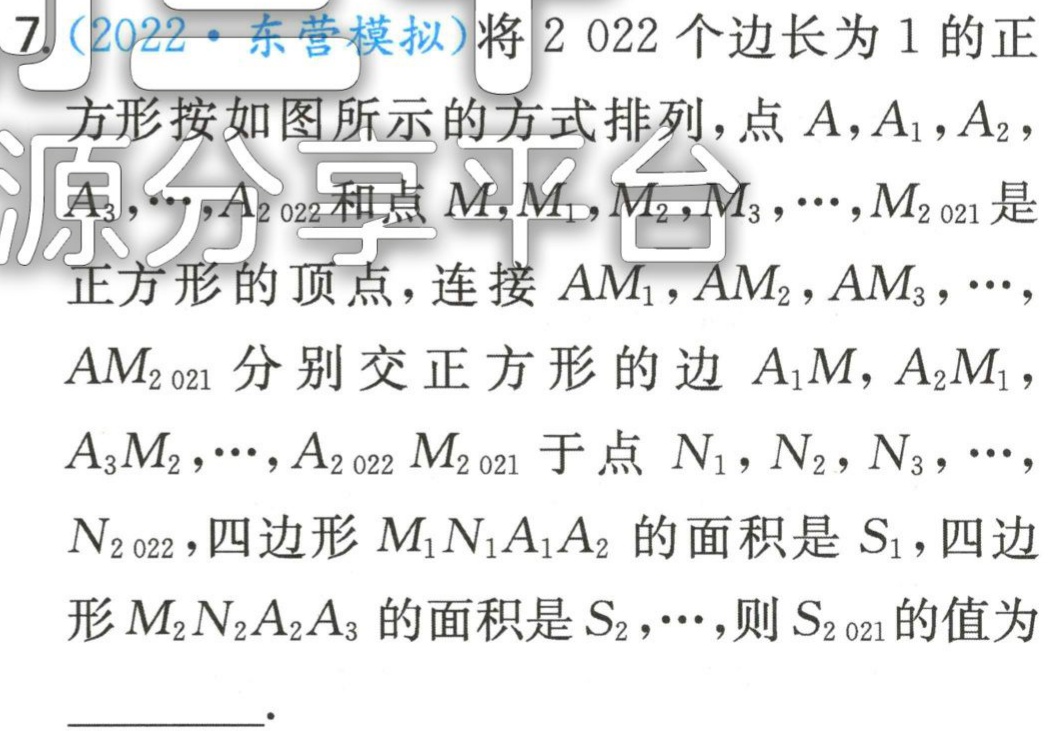
7.（2022·东营模拟）将2 022个边长为1的正方形按如图所示的方式排列，点\(A,A_{1},A_{2},A_{3},\cdots,A_{2 022}\)和点\(M,M_{1},M_{2},M_{3},\cdots,M_{2 021}\)是正方形的顶点，连接\(AM_{1},AM_{2},AM_{3},\cdots,AM_{2 021}\)分别交正方形的边\(A_{1}M,A_{2}M_{1},A_{3}M_{2},\cdots,A_{2 022}M_{2 021}\)于点\(N_{1},N_{2},N_{3},\cdots,N_{2 022}\)，四边形\(M_{1}N_{1}A_{1}A_{2}\)的面积是\(S_{1}\)，四边形\(M_{2}N_{2}A_{2}A_{3}\)的面积是\(S_{2},\cdots\)，则\(S_{2 021}\)的值为  。